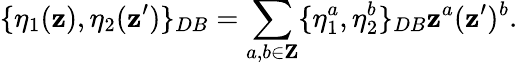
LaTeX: \{ \eta_{1}(\mathbf{z}),\eta_{2}(\mathbf{z}^{\prime})\} _{DB}=\sum_{a,b\in{\mathbf{Z}}}\{ \eta_{1}^{a},\eta_{2}^{b}\} _{DB}\mathbf{z}^{a}(\mathbf{z}^{\prime})^{b}.